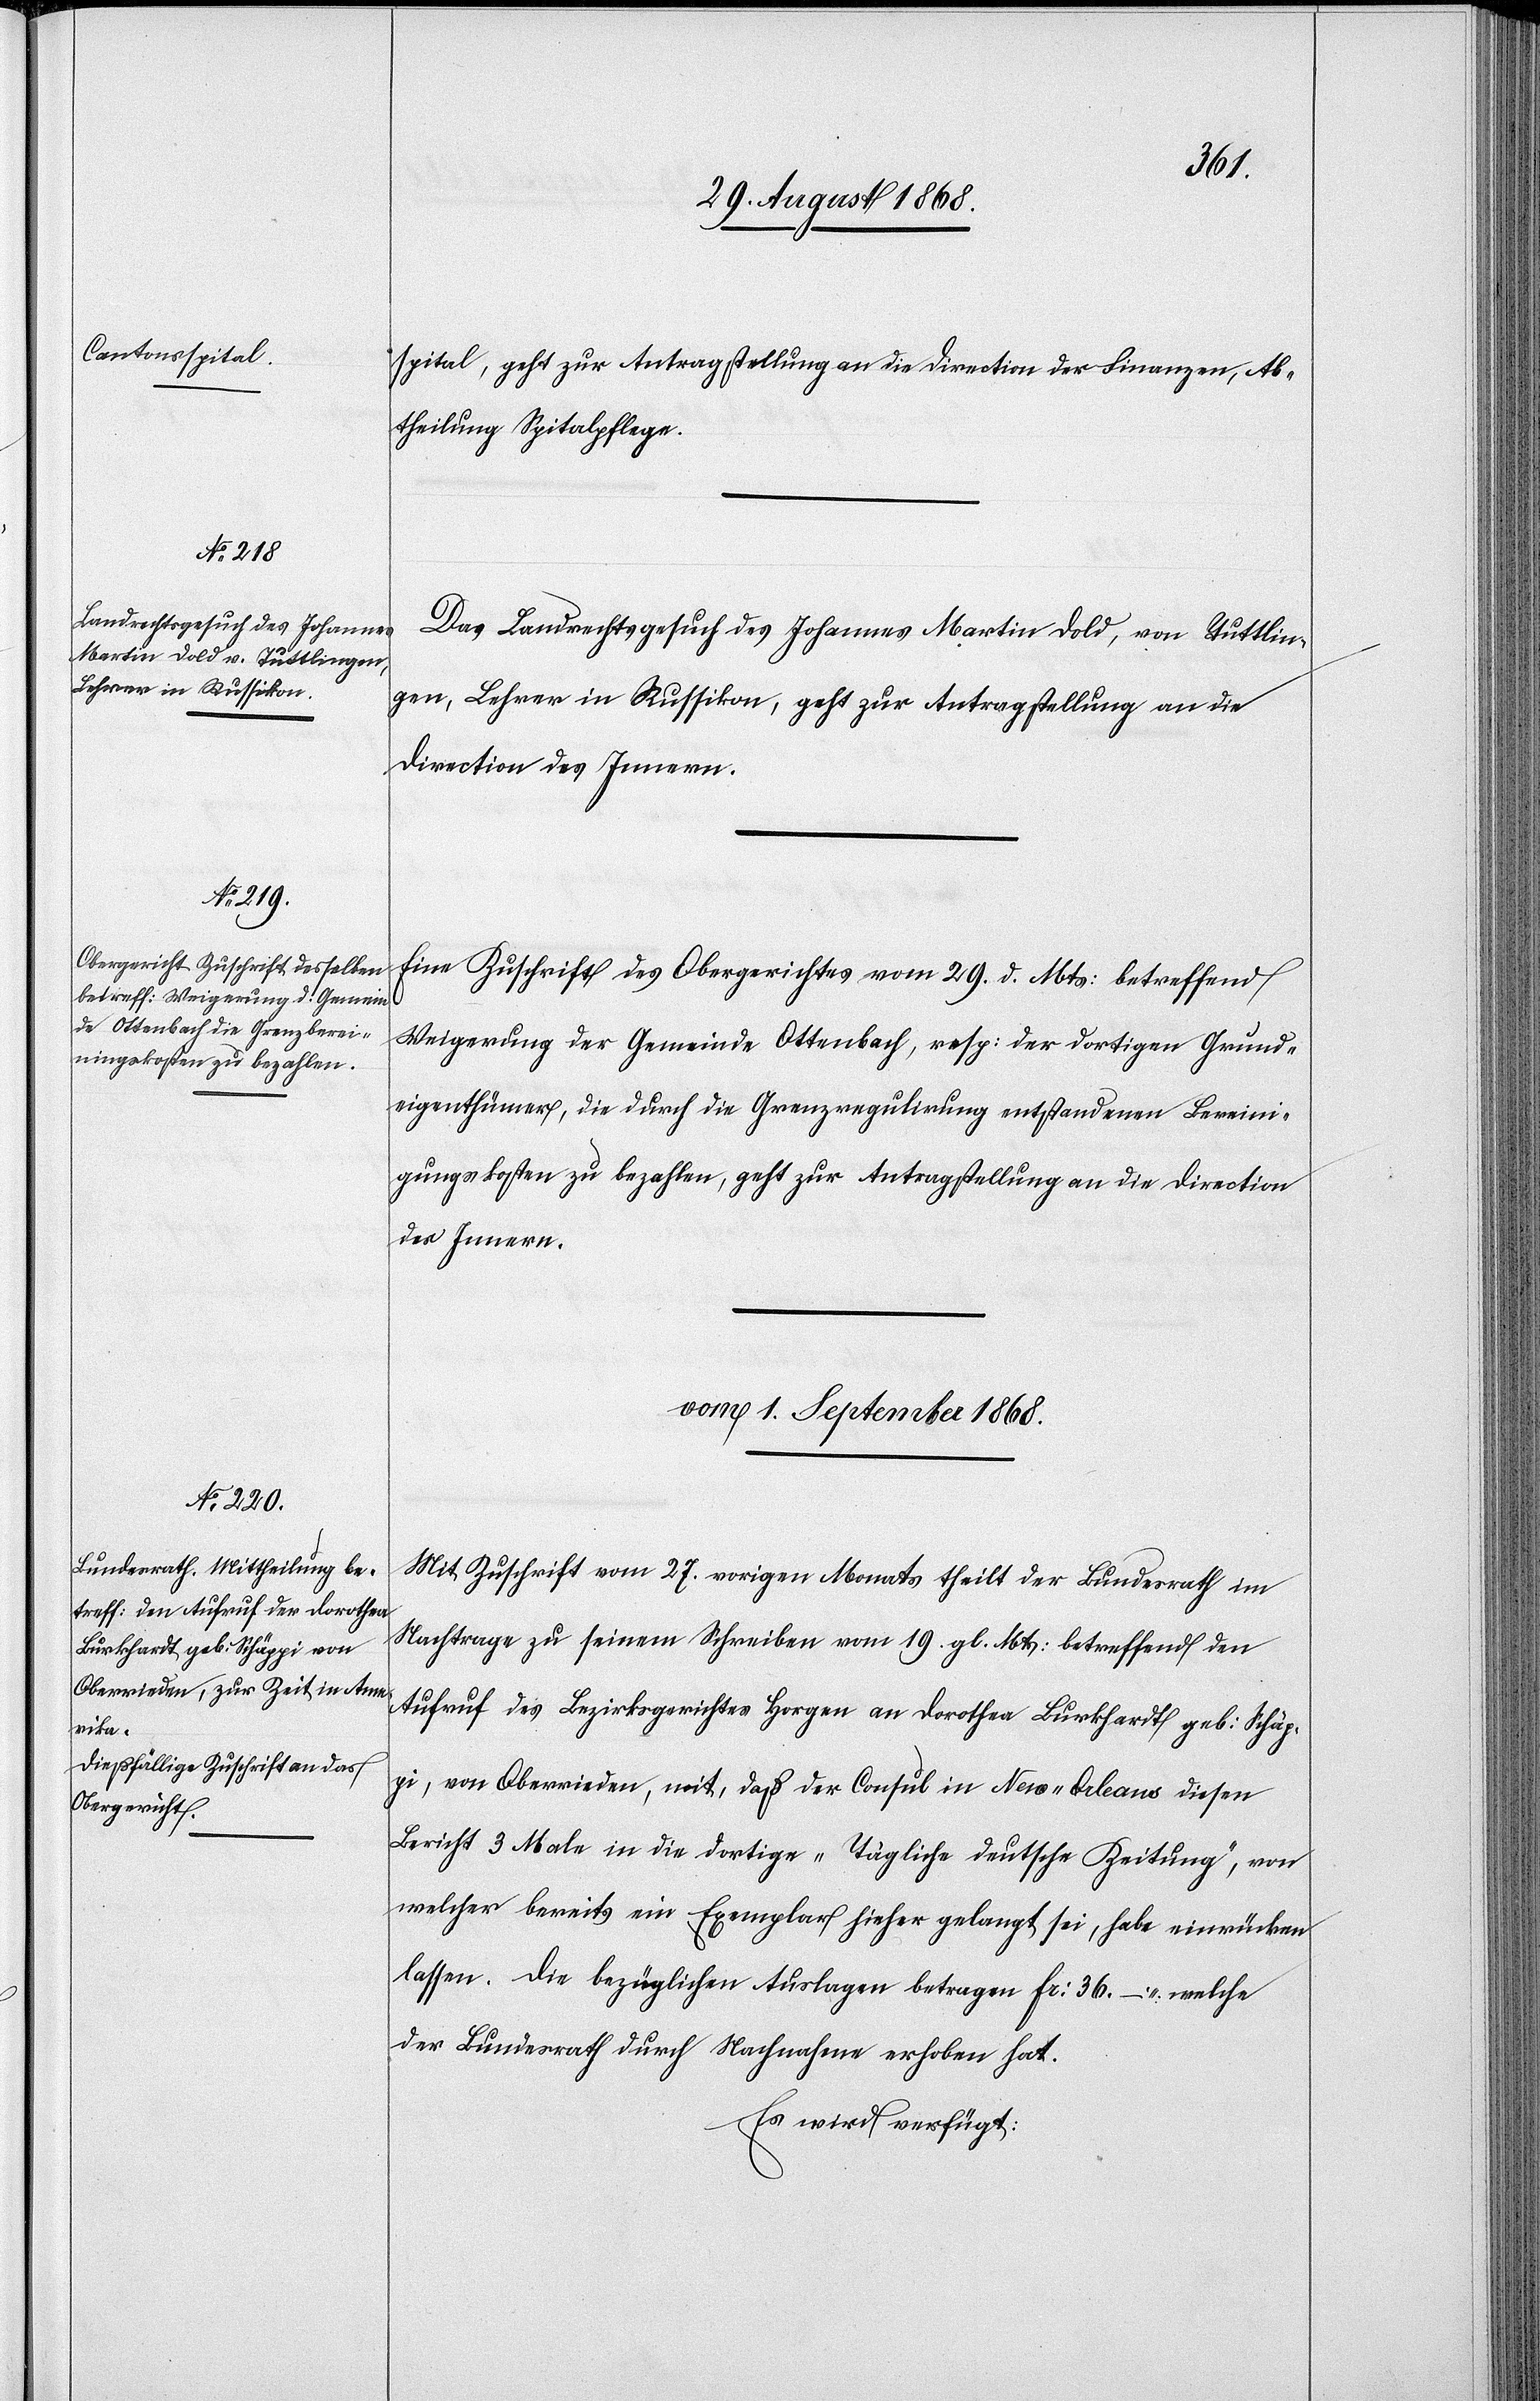
vom
31. August 1868.]
spital, geht zur Antragstellung an die Direction der Finanzen, Ab¬
theilung Spitalpflege.
Das Landrechtsgesuch des Johannes Martin Dold, von Tuttlin¬
gen, Lehrer in Russikon, geht zur Antragstellung an die
Direction des Innern.
Eine Zuschrift des Obergerichtes vom 29. d. Mts: betreffend
Weigerung der Gemeinde Ottenbach, resp: der dortigen Grund¬
eigenthümer, die durch die Grenzregulirung entstandenen Bereini¬
gungskosten zu bezahlen, geht zur Antragstellung an die Direction
des Innern.
vom 1. September 1868.
Mit Zuschrift vom 27. vorigen Monats theilt der Bundesrath im
Nachtrage zu seinem Schreiben vom 19. gl. Mts: betreffend den
Aufruf des Bezirksgerichtes Horgen an Dorothea Burkhardt geb: Schäp¬
pi, von Oberrieden, mit, daß der Consul in New-Orleans diesen
Bericht 3 Male in die dortige „Tägliche deutsche Zeitung“, von
welcher bereits ein Exemplar hieher gelangt sei, habe einrücken
lassen. Die bezüglichen Auslagen betragen Fr: 36. – welche
der Bundesrath durch Nachnahme erhoben hat.
Es wird verfügt: